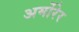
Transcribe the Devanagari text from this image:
अर्मोरेर